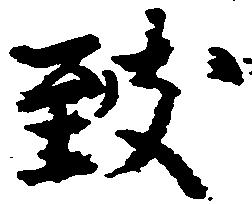
致